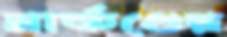
মার্কণ্ডেয়